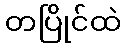
တပြိုင်ထဲ